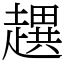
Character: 趩